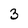
Character: 3